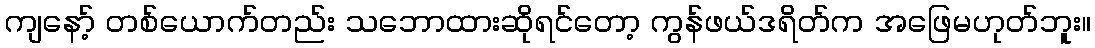
ကျနော့် တစ်ယောက်တည်း သဘောထားဆိုရင်တော့ ကွန်ဖယ်ဒရိတ်က အဖြေမဟုတ်ဘူး။